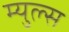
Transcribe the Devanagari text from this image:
म्युल्स